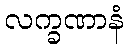
လက္ခဏာနံ